Indian journal of veterinary science and animal husbandry - Volume 5,
Year: 1935
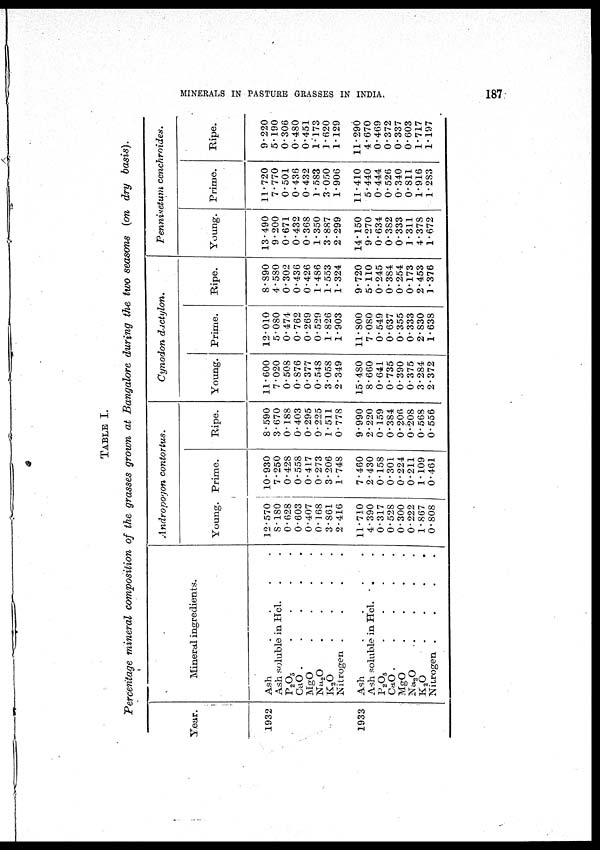
MINERALS IN PASTURE GRASSES IN INDIA.
187
TABLE I.
Percentage mineral composition of the grasses grown at Bangalore during the two seasons (on dry basis).
Year.
1932
1933
Mineral ingredients.
Ash
.
.
.
.
Ash soluble in Hcl. . .
P 2 O 5 . . . .
CaO . . . . .
MgO . . . .
Na 2 O . . . .
K 2 O . . . .
Nitrogen . . . .
Ash . . . .
Ash soluble in Hcl. . .
P 2 O 5 . . . .
CaO . . . .
MgO . . . .
Na 2 O . . . .
K 2 O . . . .
Nitrogen . . . .
Andropogon
contortus.
Young.
12.570
8.180
0.628
0.603
0.407
0.168
3.861
2.416
11.710
4.390
0.317
0.528
0.300
0.222
1.867
0.808
Prime.
10.930
7.250
0.428
0.558
0.417
0.273
3.206
1.748
7.460
2.430
0.158
0.301
0.224
0.211
1.109
0.461
Ripe.
8.590
3.670
0.188
0.403
0.295
0.225
1.511
0.778
9.990
2.220
0.159
0.384
0.206
0.208
0.568
0.556
Cynodon
dactylon.
Young.
11.600
7.020
0.508
0.876
0.377
0.548
3.058
2.349
15.480
8.660
0.641
0.735
0.390
0.375
3.284
2.372
Prime.
12.010
5.080
0.474
0.762
0.269
0.529
1.826
1.903
11.800
7.080
0.549
0.637
0.355
0.333
2.830
1.638
Ripe.
8.890
4.580
0.302
0.436
0.426
1.486
1.553
1.324
9.720
5.110
0.245
0.384
0.254
0.173
2.453
1.376
Pennisetum
cenchroides.
Young.
13.490
9.200
0.671
0.432
0.368
1.350
3.887
2.299
14.150
9.270
0.634
0.382
0.333
1.311
4.378
1.672
Prime.
11.720
7.770
0.501
0.436
0.432
1.583
3.050
1.906
11.410
5.440
0.444
0.526
0.340
0.811
1.916
1.283
Ripe.
9.220
5.190
0.306
0.480
0.451
1.173
1.620
1.129
11.290
4.670
0.469
0.372
0.337
0.603
1.717
1.197